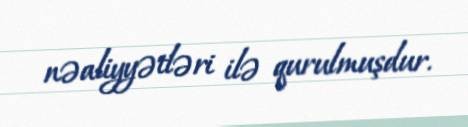
nəaliyyətləri ilə qurulmuşdur.